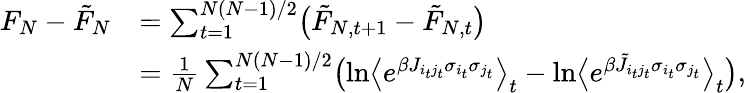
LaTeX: \begin{array}{rl}{F_{N}-\tilde{F}_{N}}&{=\sum_{t=1}^{N(N-1)/2}\bigl(\tilde{F}_{N,t+1}-\tilde{F}_{N,t}\bigr)}\\ &{=\frac{1}{N}\sum_{t=1}^{N(N-1)/2}\bigl(\ln\bigl\langle e^{\beta J_{i_{t}j_{t}}\sigma_{i_{t}}\sigma_{j_{t}}}\bigr\rangle_{t}-\ln\bigl\langle e^{\beta\tilde{J}_{i_{t}j_{t}}\sigma_{i_{t}}\sigma_{j_{t}}}\bigr\rangle_{t}\bigr),}\end{array}